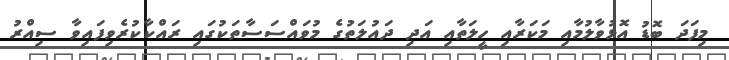
މިފަދަ ބޮޑު އޮޅުވާލުމާއި މަކަރާއި ހީލަތާއި އަދި ދައުލަތުގެ މުވައްސަސާތަކުގައި ރައްކާކުރެވިފައިވާ ސިއްރު